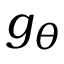
g _ { \theta }